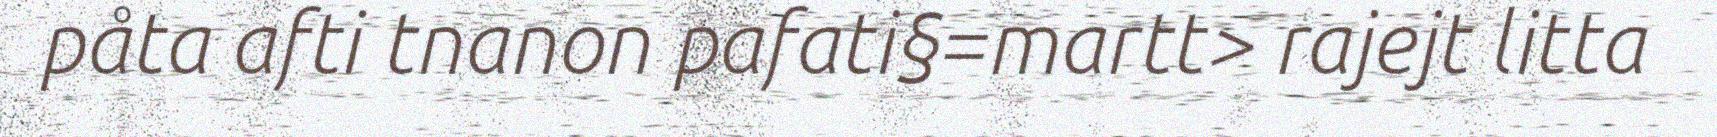
påta afti tnanon pafati§=martt> rajejt litta